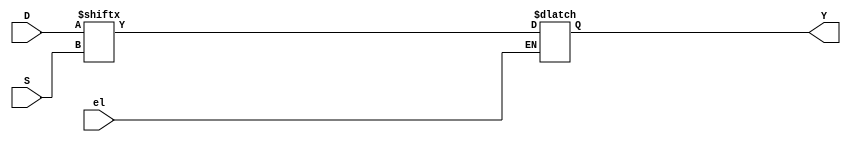
module muxnby1 #(parameter SIZE=2)(output reg Y,input el, input [SIZE-1:0]D,input [($clog2(SIZE))-1:0]S);

  always@(D,S,el) begin
    Y=el?Y:D[S];
end
endmodule